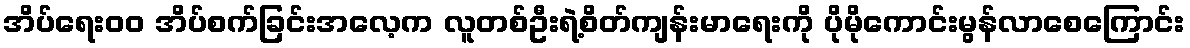
အိပ်ရေးဝဝ အိပ်စက်ခြင်းအလေ့က လူတစ်ဦးရဲ့စိတ်ကျန်းမာရေးကို ပိုမိုကောင်းမွန်လာစေကြောင်း